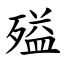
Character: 㱲